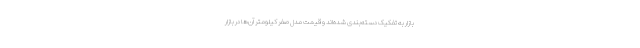
بازار به تفکیک دسته‌بندی شده‌اند و قیمت مدل صفر کیلومتر آن‌ها در بازار